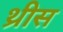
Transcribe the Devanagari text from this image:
थ्रीस